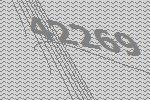
42269